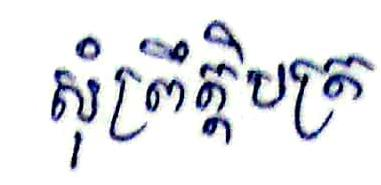
សុំព្រឹត្តិបត្រ